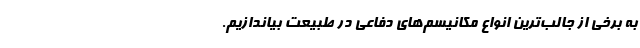
به برخی از جالب‌ترین انواع مکانیسم‌های دفاعی در طبیعت بیاندازیم.